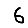
Digit: 6